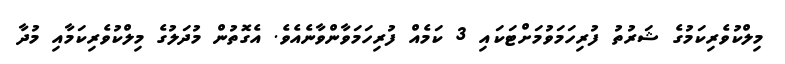
މިލްކުވެރިކަމުގެ ޝަރުތު ފުރިހަމަވުމަށްޓަކައި 3 ކަމެއް ފުރިހަމަވާންވާނެއެވެ. އެގޮތުން މުދަލުގެ މިލްކުވެރިކަމާއި މުދާ